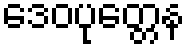
ဒေဝပုတ္တေန